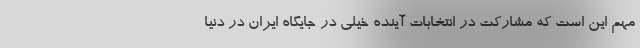
مهم این است که مشارکت در انتخابات آینده خیلی در جایگاه ایران در دنیا